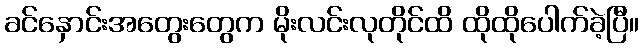
ခင်နှောင်းအတွေးတွေက မိုးလင်းလုတိုင်ထိ ထိုထိုပေါက်ခဲ့ပြီ။